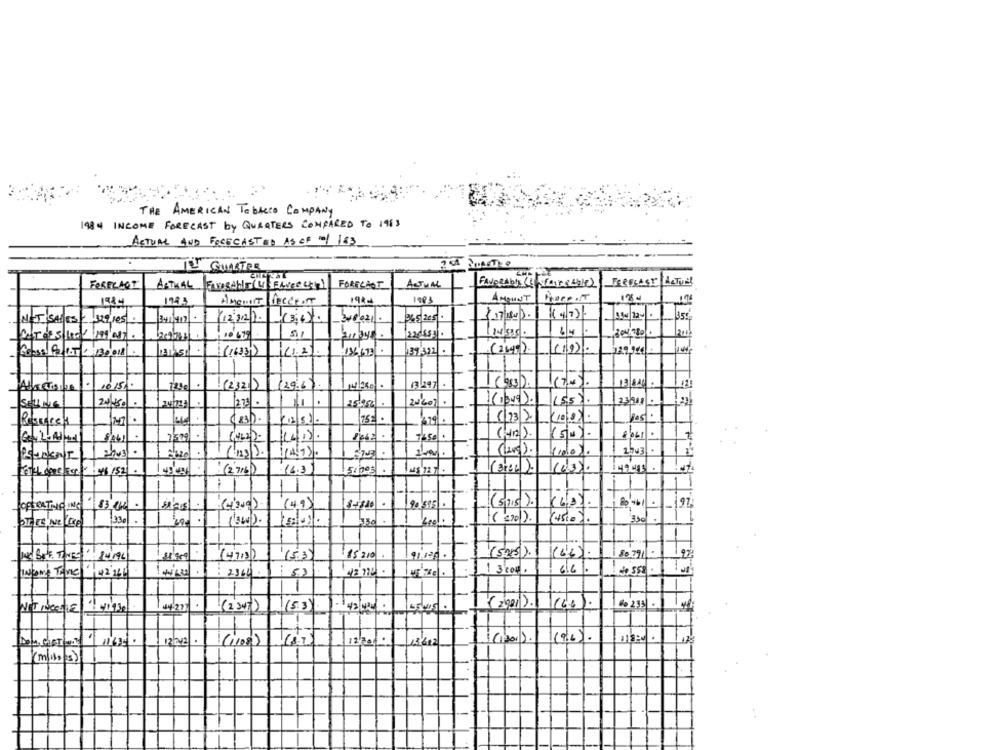
THE AMERICAN TOBACCO COMPANY
1984 INCOME FORECAST by QUARTERS COMPARED TO 1963
ACTUAL AND FORECAST ED AS CF 0/ 183
TH QUARTER
FORFRAGT
ACTUAL FAISANT (V) FELVERSTE)
FORECAST
ACTUAL
FAVORABLE ( SCALDE Laley
FERPLAST Actual
174.3
1983
AMOUNT
18
1984
Amount Percent
( 4/7)/
NET SADES : 129,105
/12/12/1. (3,4).
340021.
36.5. 205
22 desal
14/535.
6/4
31450 (1623)
136693 .
39/322.
(345) .
129 924
Cross 42 1.5:130,018.
.1015.
1,230
.
!(2321)
(29.6).
13 247 .
(bas).
19 8 46
SELLING
24/150 .
273 .
11.
25:95
LES)
2251.
75€.
(23|2 (108)
Ressgrey
(5/0).
7509
7450.
2743
FILL MORE For $$/52.
: (2716)
16.3
(3466).
(Sp15) .
97
(49)
90 895 .
330
(low).
(5.3)
15 210
91.120 .
(5215).
WE BAK. TWEE 84196
1 3004.
6/6.
INCONS TOMe "142 266
2964
42'12
1
NET INCOME ! 1930
(5.3)
43/42
(2001 ). (65).
60 233
122 2 .
(1100)
(1201).
(9/2) .